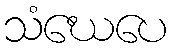
သံဃေပေ